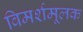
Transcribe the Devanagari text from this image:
विमर्शमूलक